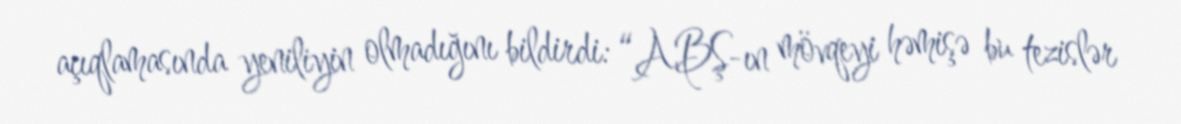
açıqlamasında yeniliyin olmadığını bildirdi: “ABŞ-ın mövqeyi həmişə bu tezislər